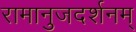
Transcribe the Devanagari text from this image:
रामानुजदर्शनम्